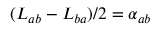
( L _ { a b } - L _ { b a } ) / 2 = \alpha _ { a b }